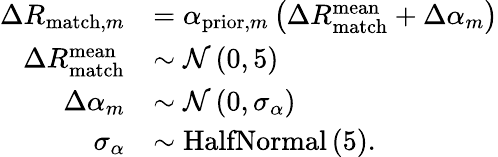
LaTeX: \begin{array}{rl}{\Delta R_{\mathrm{match},m}}&{=\alpha_{\mathrm{prior},m}\left(\Delta R_{\mathrm{match}}^{\mathrm{mean}}+\Delta\alpha_{m}\right)}\\ {\Delta R_{\mathrm{match}}^{\mathrm{mean}}}&{\sim\mathcal{N}\left(0,5\right)}\\ {\Delta\alpha_{m}}&{\sim\mathcal{N}\left(0,\sigma_{\alpha}\right)}\\ {\sigma_{\alpha}}&{\sim\mathrm{HalfNormal}\left(5\right).}\end{array}